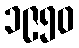
၁၉၅၀